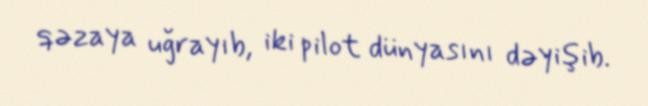
qəzaya uğrayıb, iki pilot dünyasını dəyişib.